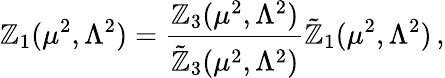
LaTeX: \mathbb{Z}_{1}(\mu^{2},\Lambda^{2})=\frac{{\mathbb{Z}_{3}(\mu^{2},\Lambda^{2})}}{{\tilde{{\mathbb{Z}}}_{3}(\mu^{2},\Lambda^{2})}}\tilde{{\mathbb{Z}}}_{1}(\mu^{2},\Lambda^{2})\, ,